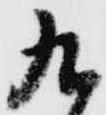
九